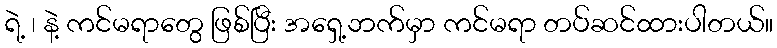
ရဲ့ ၊ နဲ့ ကင်မရာတွေ ဖြစ်ပြီး အရှေ့ဘက်မှာ ကင်မရာ တပ်ဆင်ထားပါတယ်။